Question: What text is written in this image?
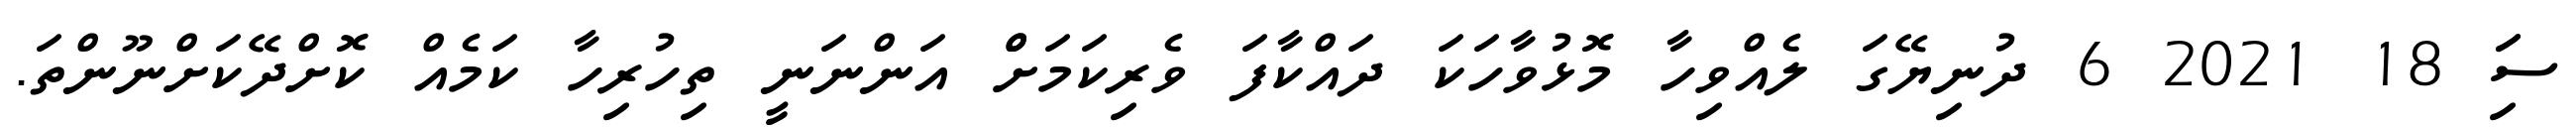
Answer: ސަަި 18 2021 6 ދުނިޔޭގަ ލެއްވިހާ މޮޅުވާހަކަ ދައްކާފަ ވެރިކަމަށްް އަންނަނީ ތިހުރިހާ ކަމެއް ކޮށްދޭކަށްނޫންތަ.